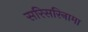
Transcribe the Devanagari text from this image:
सरिसरिनामा